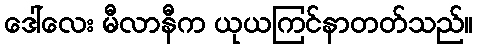
ဒေါ်လေး မီလာနီက ယုယကြင်နာတတ်သည်။